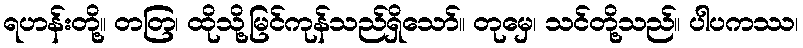
ရဟန်းတို့။ တတြ၊ ထိုသို့မြင်ကုန်သည်ရှိသော်။ တုမှေ၊ သင်တို့သည်။ ပါပကဿ၊